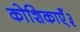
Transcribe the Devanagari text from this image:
कोशिकाएँ३